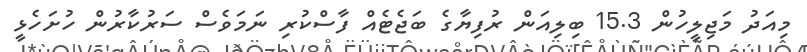
މިއަދު މަޖިލީހުން 15.3 ބިލިއަން ރުފިޔާގެ ބަޖެޓެއް ފާސްކުރި ނަމަވެސް ސަރުކާރުން ހުށަހެޅީ